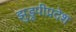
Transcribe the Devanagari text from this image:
झुडूपीप्रदेश